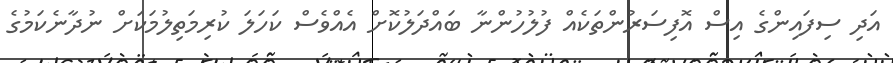
އަދި ސިފައިންގެ އިސް އޮފިސަރުންތަކެއް ފުލުހުންނާ ބައްދަލުކޮށް އެއްވެސް ކަހަލަ ކުރިމަތިލުމަކަށް ނުދާނެކަމުގެ